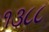
૧૩૮૮